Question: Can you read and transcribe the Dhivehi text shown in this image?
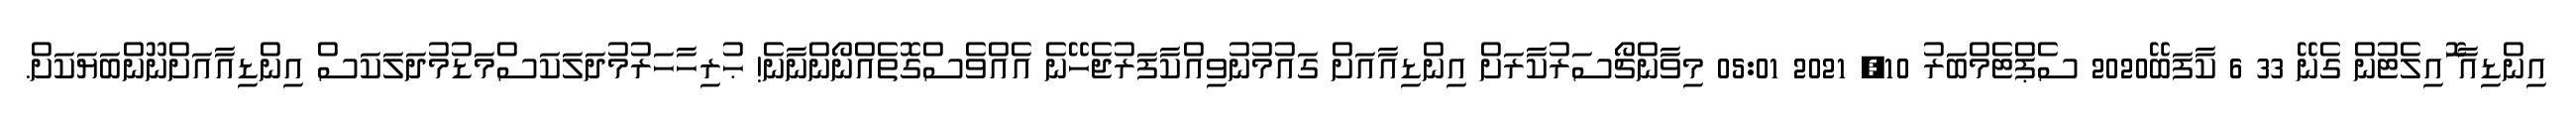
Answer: އިންޑިއާ ޮައިލެޓުން ގެނޭ 33 6 ކާފަބޭ2020 ސެޕްޓެމްބަރު 10, 2021 05:01 މިވާންޗޯސަރުކާރަށް އިންޑިއާއަށް ގައުމުނުވިއްކާފަރުޖެހޭނެ އެއްވެސްގޮތެއްނޯންނާނެ! ޙުރިހާހަރުމުދަލަކަސްމަޑުމުދަލަކަސް އިންޑިއާއަށްނޫންބަޔަކަށް.